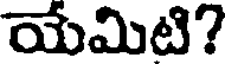
యేమిటి?